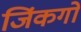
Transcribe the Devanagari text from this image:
जिंकगो